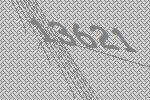
13621